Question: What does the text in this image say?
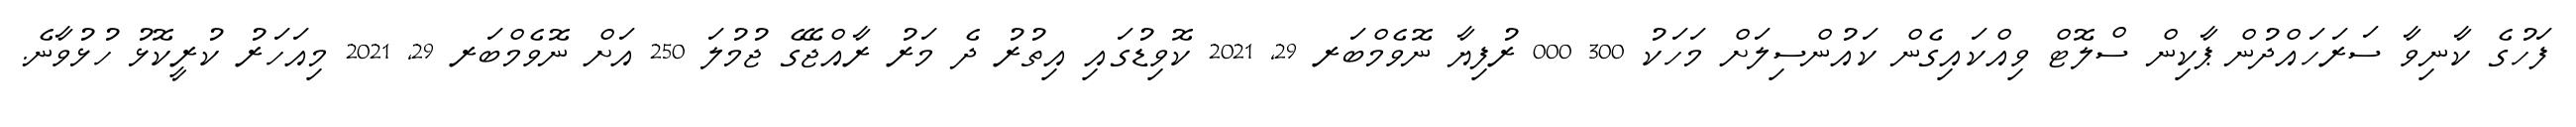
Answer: ފަހުގެ ކާނިވާ ސަރަހައްދުން ޕާކިން ސްލޮޓް ވިއްކައިގެން ކައުންސިލަށް މަހަކު 300 000 ރުފިޔާ ނޮވެމްބަރ 29, 2021 ކޮވިޑުގައި އިތުރު ދެ މަރު ރާއްޖޭގެ ޖުމުލަ 250 އަށް ނޮވެމްބަރ 29, 2021 މިއަހަރު ކުރީކޮޅު ހުޅުވާނެ.